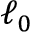
\ell _ { 0 }